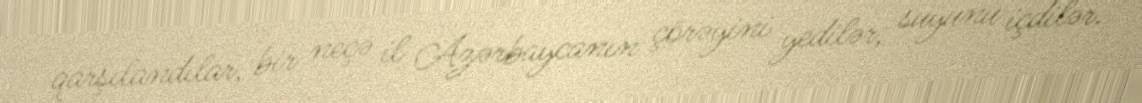
qarşılandılar, bir neçə il Azərbaycanın çörəyini yedilər, suyunu içdilər.